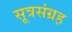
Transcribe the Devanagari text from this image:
सूत्रसंग्रह